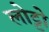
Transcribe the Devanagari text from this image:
लोट्टो